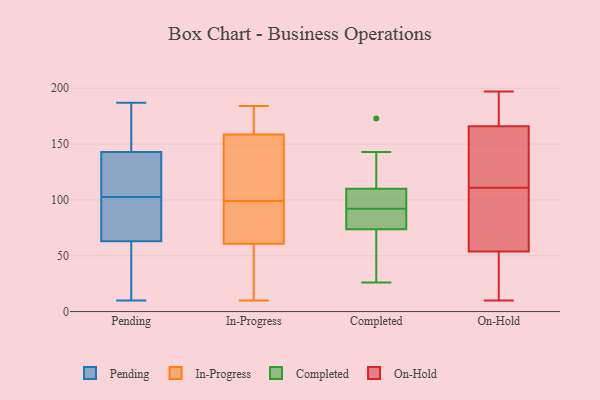
{"axis": {"x": "Gross Profit (USD K)", "y": "Value"}, "legend": ["Completed", "In-Progress", "On-Hold", "Pending"], "data": [{"x": "", "y": 135, "type": "Pending"}, {"x": "", "y": 95, "type": "Pending"}, {"x": "", "y": 63, "type": "Pending"}, {"x": "", "y": 12, "type": "Pending"}, {"x": "", "y": 136, "type": "Pending"}, {"x": "", "y": 76, "type": "Pending"}, {"x": "", "y": 128, "type": "Pending"}, {"x": "", "y": 167, "type": "Pending"}, {"x": "", "y": 10, "type": "Pending"}, {"x": "", "y": 78, "type": "Pending"}, {"x": "", "y": 171, "type": "Pending"}, {"x": "", "y": 67, "type": "Pending"}, {"x": "", "y": 143, "type": "Pending"}, {"x": "", "y": 42, "type": "Pending"}, {"x": "", "y": 110, "type": "Pending"}, {"x": "", "y": 187, "type": "Pending"}, {"x": "", "y": 183, "type": "Pending"}, {"x": "", "y": 31, "type": "Pending"}, {"x": "", "y": 115, "type": "In-Progress"}, {"x": "", "y": 83, "type": "In-Progress"}, {"x": "", "y": 11, "type": "In-Progress"}, {"x": "", "y": 184, "type": "In-Progress"}, {"x": "", "y": 81, "type": "In-Progress"}, {"x": "", "y": 182, "type": "In-Progress"}, {"x": "", "y": 157, "type": "In-Progress"}, {"x": "", "y": 142, "type": "In-Progress"}, {"x": "", "y": 69, "type": "In-Progress"}, {"x": "", "y": 159, "type": "In-Progress"}, {"x": "", "y": 179, "type": "In-Progress"}, {"x": "", "y": 83, "type": "In-Progress"}, {"x": "", "y": 99, "type": "In-Progress"}, {"x": "", "y": 32, "type": "In-Progress"}, {"x": "", "y": 58, "type": "In-Progress"}, {"x": "", "y": 163, "type": "In-Progress"}, {"x": "", "y": 129, "type": "In-Progress"}, {"x": "", "y": 36, "type": "In-Progress"}, {"x": "", "y": 10, "type": "In-Progress"}, {"x": "", "y": 88, "type": "Completed"}, {"x": "", "y": 84, "type": "Completed"}, {"x": "", "y": 93, "type": "Completed"}, {"x": "", "y": 113, "type": "Completed"}, {"x": "", "y": 143, "type": "Completed"}, {"x": "", "y": 173, "type": "Completed"}, {"x": "", "y": 26, "type": "Completed"}, {"x": "", "y": 45, "type": "Completed"}, {"x": "", "y": 92, "type": "Completed"}, {"x": "", "y": 71, "type": "Completed"}, {"x": "", "y": 52, "type": "Completed"}, {"x": "", "y": 82, "type": "Completed"}, {"x": "", "y": 101, "type": "Completed"}, {"x": "", "y": 117, "type": "Completed"}, {"x": "", "y": 94, "type": "Completed"}, {"x": "", "y": 111, "type": "On-Hold"}, {"x": "", "y": 168, "type": "On-Hold"}, {"x": "", "y": 195, "type": "On-Hold"}, {"x": "", "y": 59, "type": "On-Hold"}, {"x": "", "y": 118, "type": "On-Hold"}, {"x": "", "y": 33, "type": "On-Hold"}, {"x": "", "y": 63, "type": "On-Hold"}, {"x": "", "y": 10, "type": "On-Hold"}, {"x": "", "y": 25, "type": "On-Hold"}, {"x": "", "y": 15, "type": "On-Hold"}, {"x": "", "y": 52, "type": "On-Hold"}, {"x": "", "y": 189, "type": "On-Hold"}, {"x": "", "y": 116, "type": "On-Hold"}, {"x": "", "y": 160, "type": "On-Hold"}, {"x": "", "y": 179, "type": "On-Hold"}, {"x": "", "y": 82, "type": "On-Hold"}, {"x": "", "y": 78, "type": "On-Hold"}, {"x": "", "y": 197, "type": "On-Hold"}, {"x": "", "y": 113, "type": "On-Hold"}]}